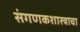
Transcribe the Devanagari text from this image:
संगणकशास्त्राचा